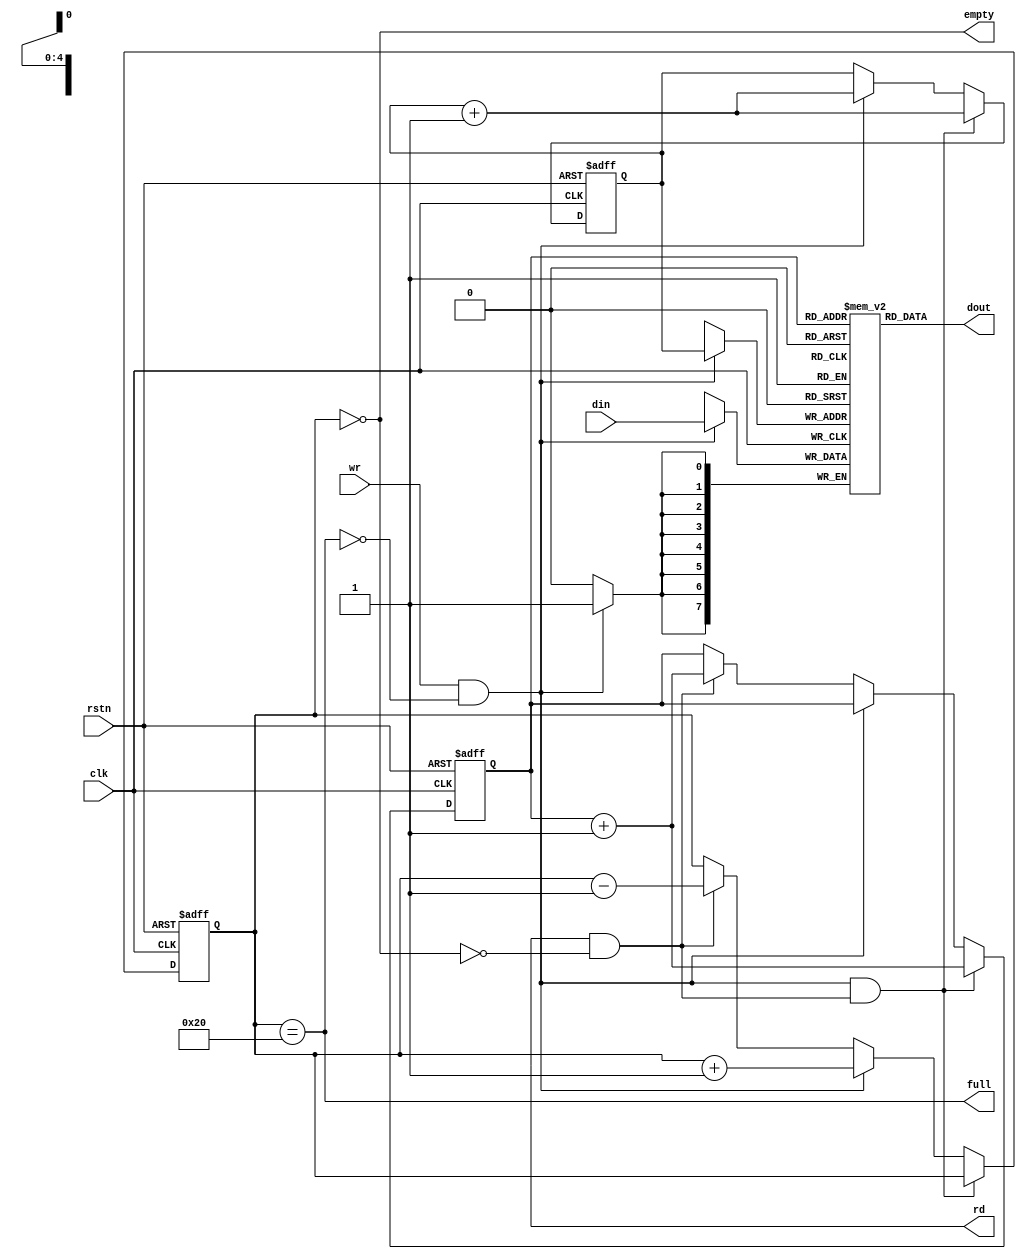
`define DLY #1

module fifo(
    // global
    clk               , // <i>  1b, global clock
    rstn              , // <i>  1b, global reset, active low
    // fifo wr
    wr                , // <i>  1b, fifo write enable
    din               , // <i>    , fifo data input
    full              , // <o>  1b, fifo full indicator
    // fifo rd
    rd                , // <o>  1b, fifo read enable
    dout              , // <o>    , fifo data output
    empty               // <o>  1b, fifo empty indicator
    );

  parameter FIFO_DW    = 8;
  parameter FIFO_AW    = 5;
  parameter FIFO_DEPTH = 32;

  // global
  input                 clk   ; // <i>  1b, global clock
  input                 rstn  ; // <i>  1b, global reset, active low
  // fifo wr
  input                 wr    ; // <i>  1b, fifo write enable
  input  [FIFO_DW-1:0]  din   ; // <i>    , fifo data input
  output                full  ; // <o>  1b, fifo full indicator
  // fifo rd
  output                rd    ; // <o>  1b, fifo read enable
  output [FIFO_DW-1:0]  dout  ; // <o>    , fifo data output
  output                empty ; // <o>  1b, fifo empty indicator

  reg [FIFO_DW-1:0] mem[0:FIFO_DEPTH-1];
  reg [FIFO_AW-1:0] fifo_wptr;
  reg [FIFO_AW-1:0] fifo_rptr;
  reg [FIFO_AW:0]   fifo_count;

  assign wr_valid = wr & ~full ;
  assign rd_valid = rd & ~empty;

  always @(posedge clk or negedge rstn) begin
      if (~rstn) begin
          fifo_wptr  <= `DLY 0;
          fifo_rptr  <= `DLY 0;
          fifo_count <= `DLY 0;
      end
      else if (wr_valid & rd_valid) begin
          fifo_wptr  <= `DLY fifo_wptr + 1;
          fifo_rptr  <= `DLY fifo_rptr + 1;
          fifo_count <= `DLY fifo_count;
      end
      else if (wr_valid) begin
          fifo_wptr  <= `DLY fifo_wptr + 1;
          fifo_rptr  <= `DLY fifo_rptr;
          fifo_count <= `DLY fifo_count + 1;
      end
      else if (rd_valid) begin
          fifo_wptr  <= `DLY fifo_wptr;
          fifo_rptr  <= `DLY fifo_rptr + 1;
          fifo_count <= `DLY fifo_count - 1;
      end
  end

  assign full  = (fifo_count == FIFO_DEPTH);
  assign empty = (fifo_count == 0);

  always @(posedge clk) begin
      if (wr_valid) begin
          mem[fifo_wptr] <= `DLY din;
      end
  end

  assign dout = mem[fifo_rptr];

  always @(posedge clk) begin
      if (wr & full) begin
          $display("%t, Error! write when fifo is full! %u %u", $time, FIFO_DW, FIFO_DEPTH);
      end
  end

endmodule